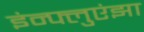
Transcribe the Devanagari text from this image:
इंन्फ्लुएंझा